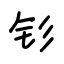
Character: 钐